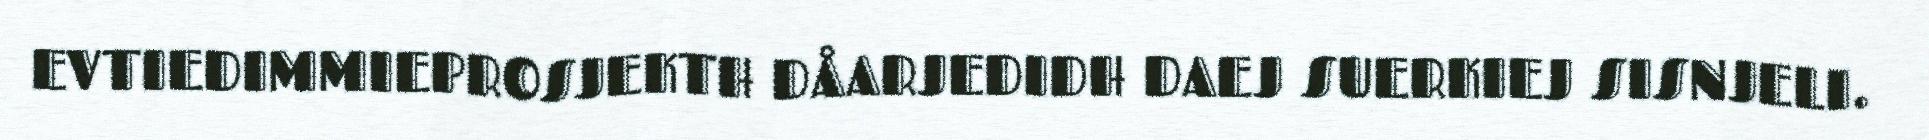
EVTIEDIMMIEPROSJEKTH DÅARJEDIDH DAEJ SUERKIEJ SISNJELI.